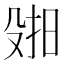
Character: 𫽑